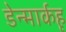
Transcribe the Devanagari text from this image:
डेन्मार्कहृ